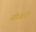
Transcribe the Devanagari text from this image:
सोवरी